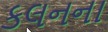
કલનના